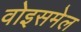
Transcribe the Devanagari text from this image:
वोइसमेल